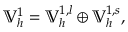
\mathbb { V } _ { h } ^ { 1 } = \mathbb { V } _ { h } ^ { 1 , l } \oplus \mathbb { V } _ { h } ^ { 1 , s } ,